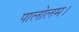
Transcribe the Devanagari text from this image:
पालोलम।